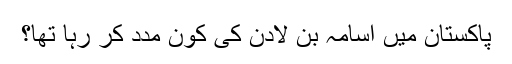
پاکستان میں اسامہ بن لادن کی کون مدد کر رہا تھا؟